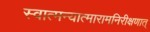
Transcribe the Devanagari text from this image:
स्वात्मन्यात्मारामनिरीक्षणात्